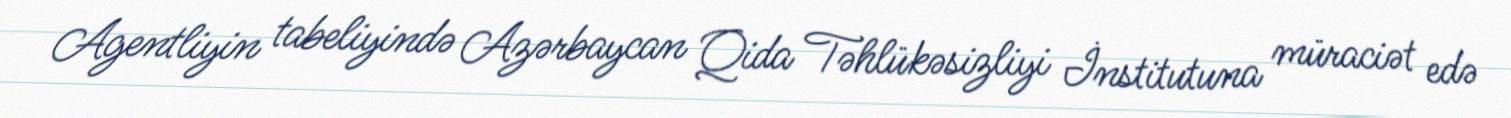
Agentliyin tabeliyində Azərbaycan Qida Təhlükəsizliyi İnstitutuna müraciət edə